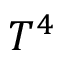
T ^ { 4 }